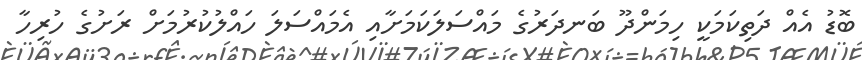
ބޮޑު އެއް ދަތިކަމަކީ ހިމަންދޫ ބަނދަރުގެ މައްސަލަކަމަށާއި އެމައްސަލަ ހައްލުކުރުމަށް ރަށުގެ ހުރިހާ